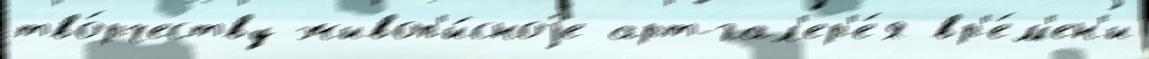
тво́рчеству живоп'и́сноjе арт-гал'ер'е́я вр'е́м'ен'и